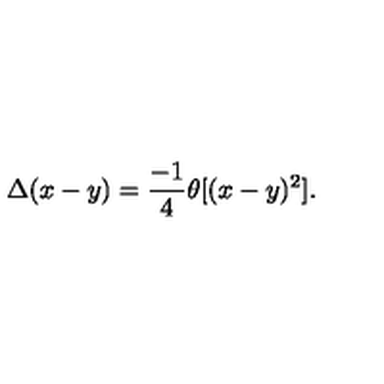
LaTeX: \Delta ( x - y ) = \frac { - 1 } { 4 } \theta [ ( x - y ) ^ { 2 } ] .